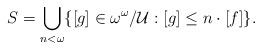
LaTeX: \begin{align*}S = \bigcup_{n<\omega}\{ [g] \in \omega^{\omega}/\mathcal{U}: [g]\le n\cdot[f]\}.\end{align*}